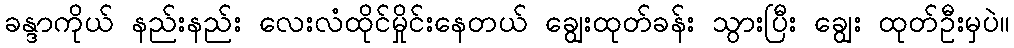
ခန္ဒာကိုယ် နည်းနည်း လေးလံထိုင်မှိုင်းနေတယ် ချွေးထုတ်ခန်း သွားပြီး ချွေး ထုတ်ဦးမှပဲ။